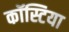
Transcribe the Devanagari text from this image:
कॉस्टिया